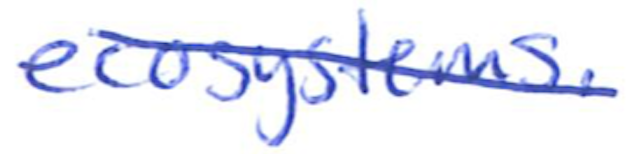
Text: ecosystems.
Cross-out: mix
Writing tool: ballpoint